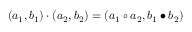
( a _ { 1 } , b _ { 1 } ) \cdot ( a _ { 2 } , b _ { 2 } ) = ( a _ { 1 } \circ a _ { 2 } , b _ { 1 } \bullet b _ { 2 } )